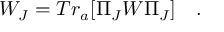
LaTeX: W _ { J } = T r _ { a } [ \Pi _ { J } W \Pi _ { J } ] \quad .